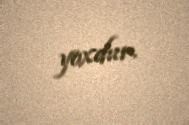
yoxdur.